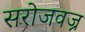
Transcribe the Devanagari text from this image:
सरोजवज्र